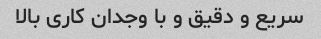
سریع و دقیق و با وجدان کاری بالا